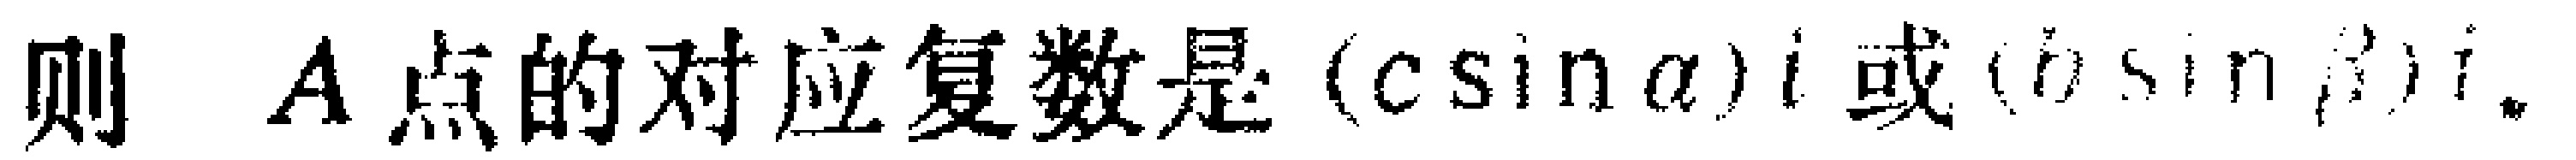
则 \(A\) 点的对应复数是\((c\sin\alpha)i\) 或\((b\sin\beta)i\)。